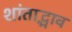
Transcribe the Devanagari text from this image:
शांताद्भाव